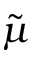
\tilde { \mu }